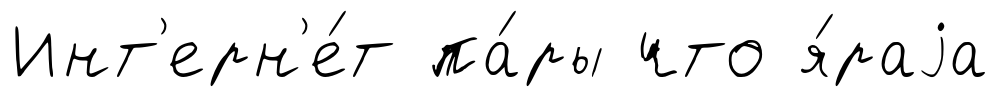
Инт'ерн'е́т па́ры что я́раjа